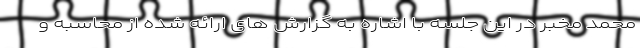
محمد مخبر در این جلسه با اشاره به گزارش های ارائه شده از محاسبه و